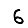
Digit: 6